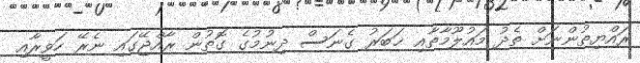
ރައްޔިތުންނަށް ތެދު މައުލޫމާތާއި ޚަބަރު ގެނަސް ދިނުމުގެ ގޮތުން ރާއްޖޭގައި ނެރޭ ހަވީރާއި